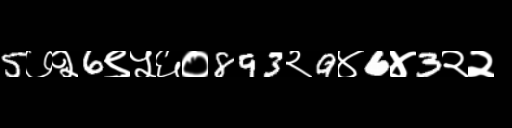
Text: 5७२6९५६०893२9४6४3२२